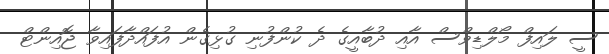
ސީ ލައިފް މޯލްޑިވްސް އާއި ދުބާއީގެ ދެ ކުންފުނި ގުޅިގެން އުފައްދާފައިވާ ޖޮއިންޓް